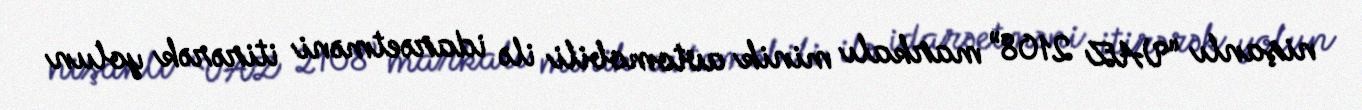
nişanlı “VAZ 2108” markalı minik avtomobili ilə idarəetməni itirərək yolun